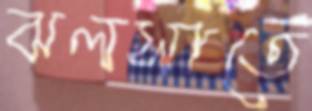
ঝলসাতে